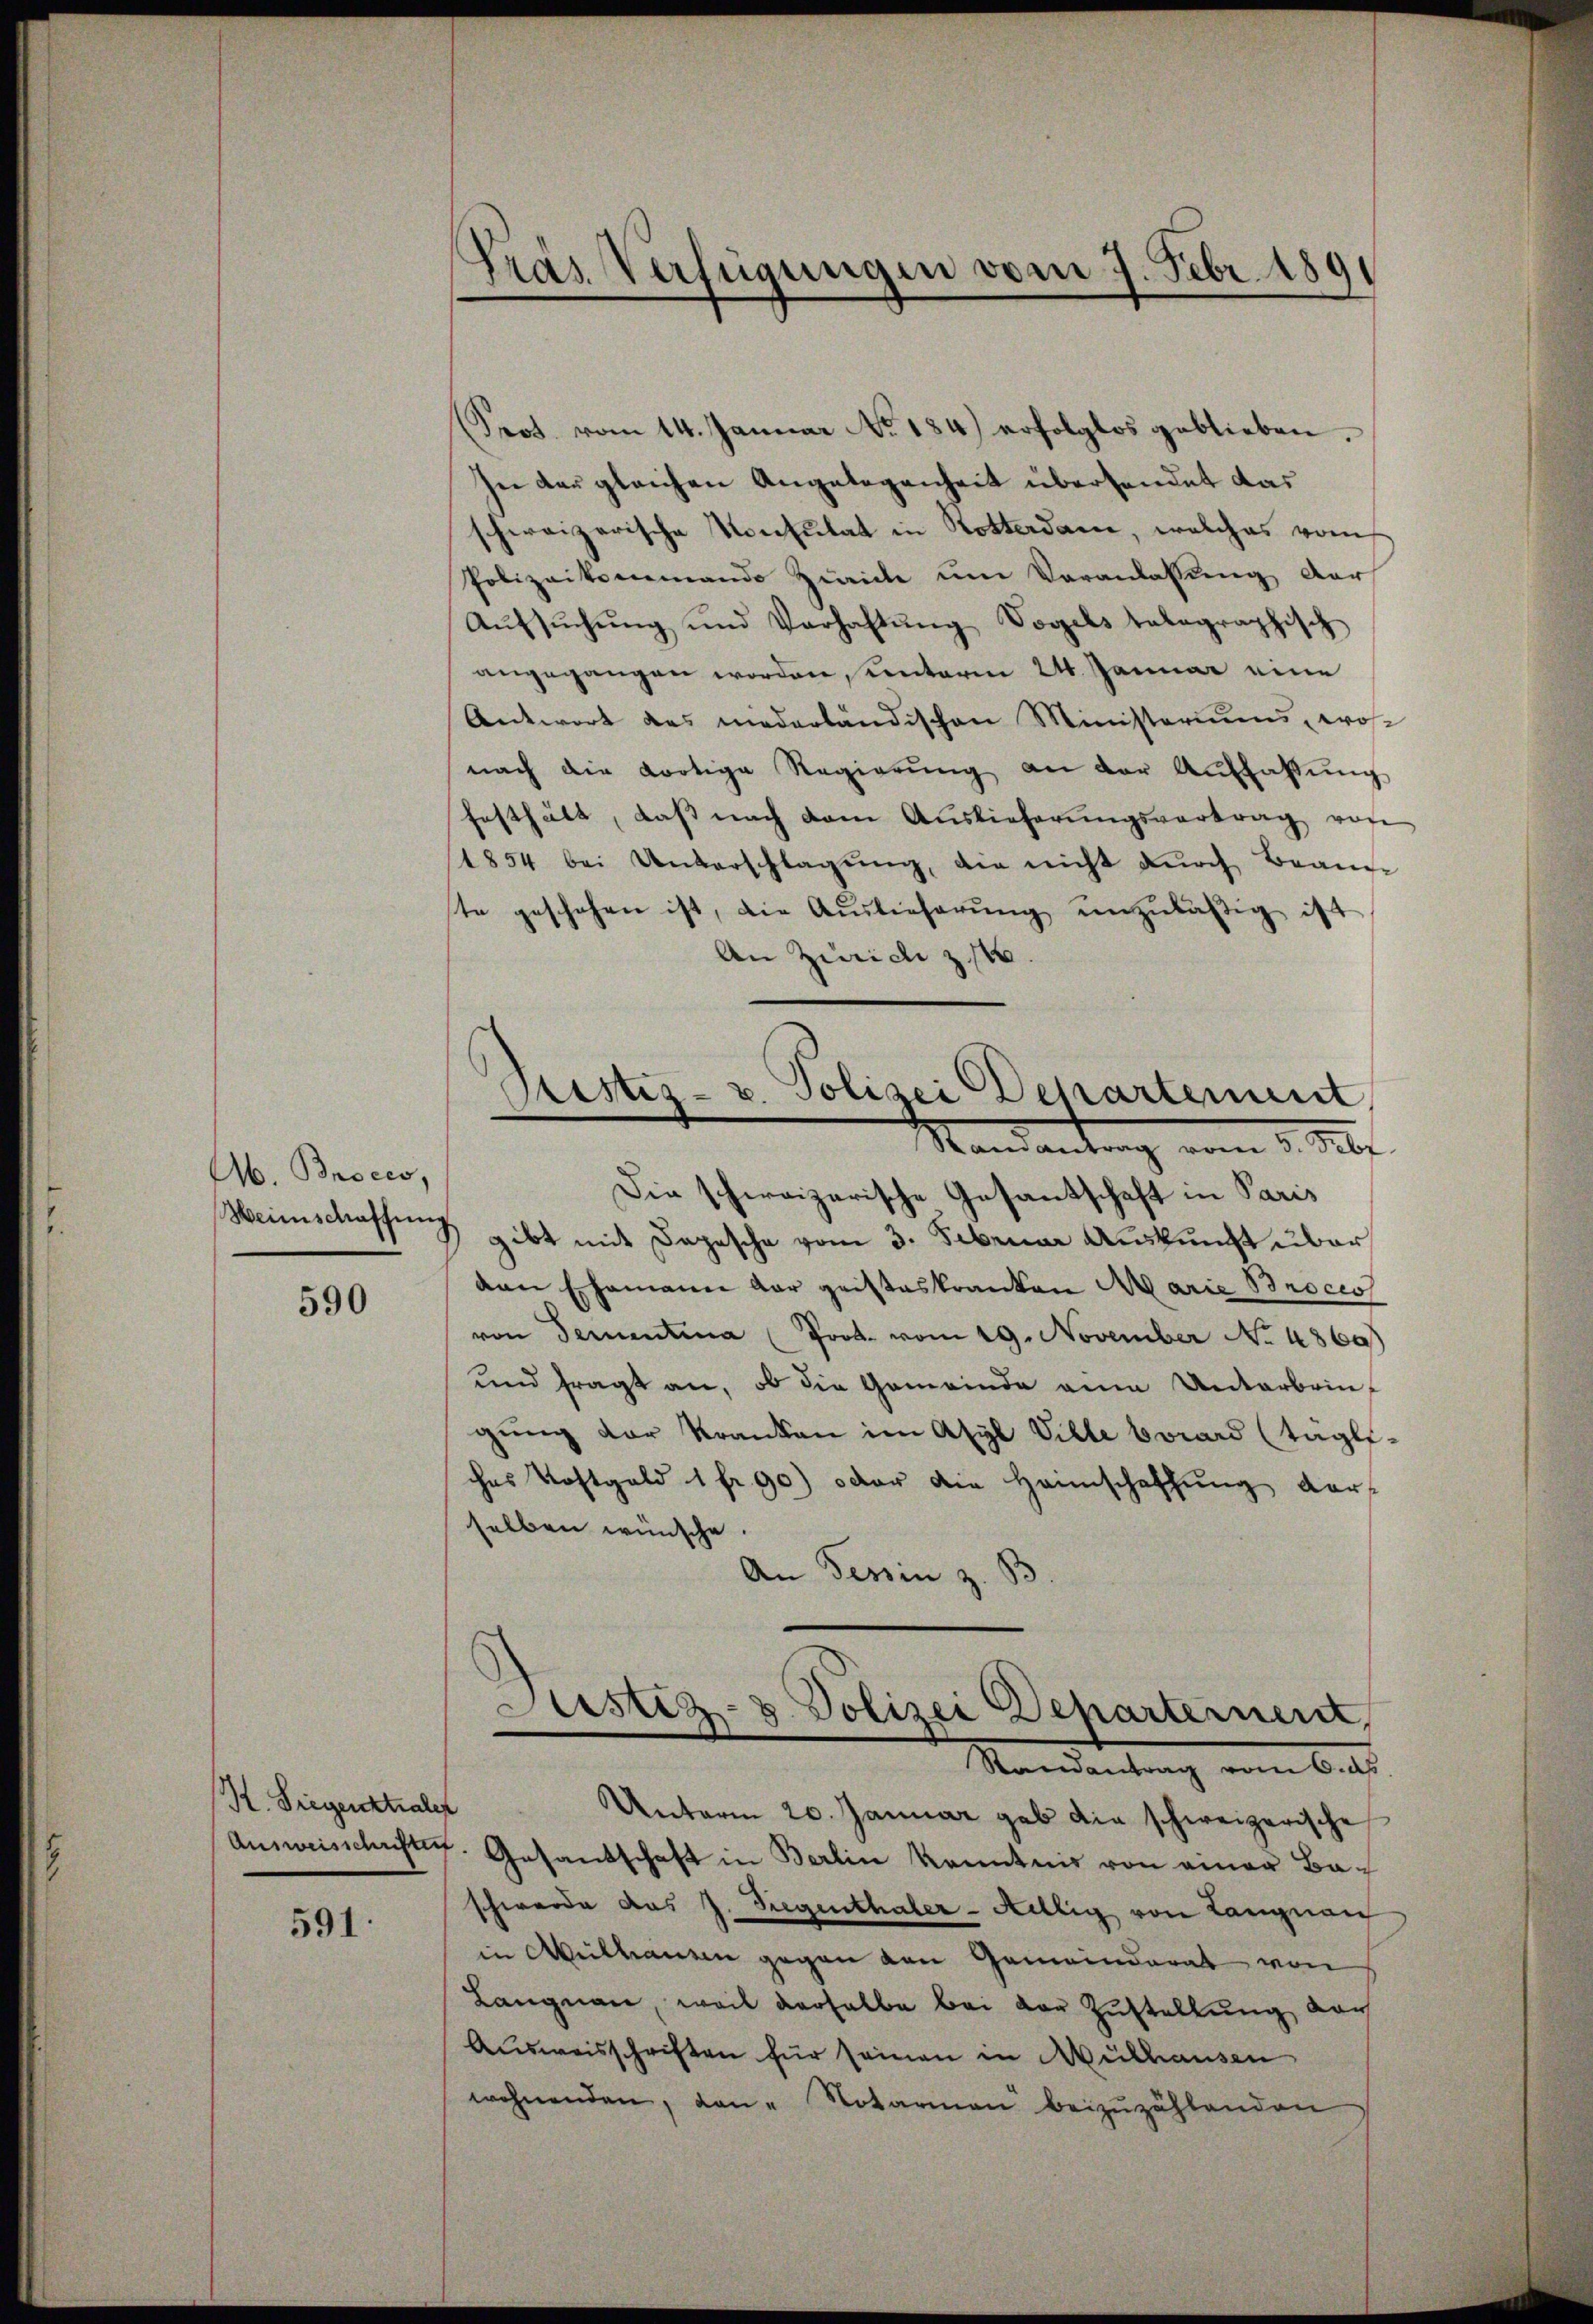
Ab. Broces,
Weinschaffen

590

K. Siegenstraler

591.

Pras Verfügungen vom 7. Febr. 181

Prot. vom 14. Januar No. 184.) erfolglos geblieben.
In der gleichen Angelegenheit übersendet das
schweizerische Konsulat in Notterdam, welches vom
Polizeikommand Zürich ŭm Veranlassung der
Aŭfsŭchŭng und Verhaltŭng Vogels talographisch
angegangen worden, unterm 24. Januar eine
Antwort das niederländischen Ministeriums, wonach die dortige Regierŭng an der Auffassŭng
festhält, daß nach dem Auslieferŭngsvertrag von
1854 bei Unterschlagung, die nicht dŭrch Beamte geschehen ist, die Auslieferung unzuläßig ist
An Zürich z.
Die schweizerische Gesantschaft in Paris
3 gibt mit Depesche vom 3. Februar Auskunft über
den Ehemann dar geisteskranken Marie Brocess
von Fernentina (Prot. vom 19. November No. 486)
und fragt an, ob die Gemeinde eine Unterbrin-
gŭng der Kranken im Asyl Ville vorard (tägli
ches Kostgeld 1 fr. 90) oder die Heimschaffŭng der
selben wünsche.
An Tessin z
Justiz- & Polizei Departernen,
Randantrag vom 6. ds.
Unterm 20. Januar gab die schweizerische
Ausweisschriftes Gesandschaft in Berlin Kenntnis von einer Baschwerde das J. Siegenthaler-Millig von Langnau
in Mithanen gegen den Gemeinderat von
Langnau, weil derselbe bei der Zustellŭng vor
Aŭsweisschriften für seinen in Mülhausen
wohnenden, dan - Notarian beizŭzählenden

Restiz- u. Polizei Departement
Mandantung vom 3. Mi